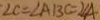
\angle C = \angle A B C = 2 \angle A